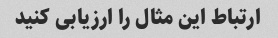
ارتباط این مثال را ارزیابی کنید